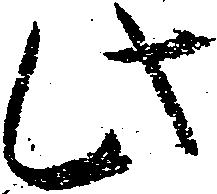
此